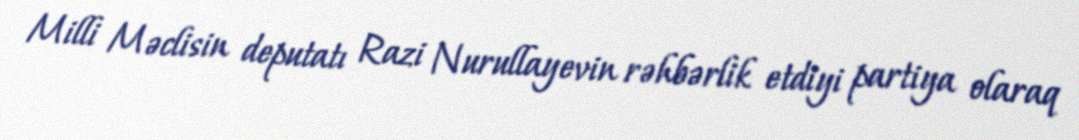
Milli Məclisin deputatı Razi Nurullayevin rəhbərlik etdiyi partiya olaraq